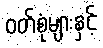
ဝတ်စုံများနှင့်